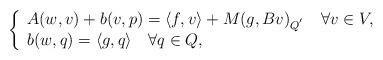
LaTeX: \begin{align*}\left\{\begin{array}{l}A(w,v)+b(v,p)=\langle f,v \rangle+M(g,Bv)_{Q^{'}}~~~\forall v \in V,\\ b(w,q)=\langle g,q \rangle~~~\forall q\in Q,\end{array}\right.\end{align*}